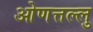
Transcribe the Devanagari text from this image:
ओणत्तल्लु